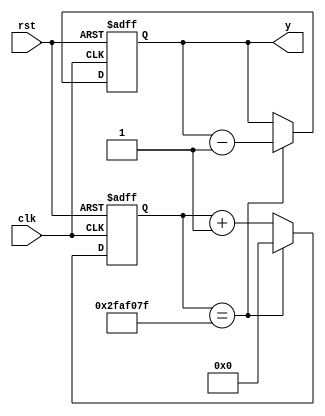
`timescale 1ns / 1ps
//////////////////////////////////////////////////////////////////////////////////
// Company: 
// Engineer: 
// 
// Design Name: 
// Module Name:    count 
// Project Name: 
// Target Devices: 
// Tool versions: 
// Description: 
//
// Dependencies: 
//
// Revision: 
// Revision 0.01 - File Created
// Additional Comments: 
//
//////////////////////////////////////////////////////////////////////////////////
module count(clk, rst, y
    );
	 input clk, rst;
	 output reg [2:0]y = 3'b111;//
	 
	 reg[25:0] cnt;//26
	 
	 parameter TIME = 26'd50000000;//basys250MHZ
	 
	 always @(posedge clk or negedge rst)//50MHZ1HZ
	 begin
		if(!rst)//0
		cnt <= 1'b0;
		else if(cnt == TIME-1)
		cnt <= 1'b0;
		else 
		cnt <= cnt + 1'b1;
	 end
	 
	 always @(posedge clk or negedge rst)//1s
	 begin
		if(!rst)//
		y <= 3'b111;
		else if(cnt == TIME-1)
		y <= y - 3'b001;
		else
		y <= y;	
	 end 
	 
endmodule